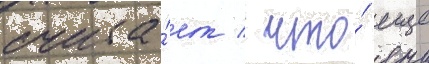
счита́ет / что́ еще